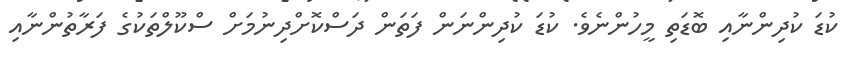
ކުޑަ ކުދިންނާއި ބޮޑަތި މީހުންނެވެ. ކުޑަ ކުދިންނަން ފަތަން ދަސްކޮށްދިނުމަށް ސްކޫލްތަކުގެ ފަރާތުންނާއި